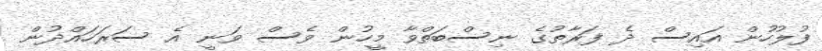
ފުލުހުން އައިސް ދެ ފަރާތުގެ ނިސްބަތްވާ މީހުން ވެސް ވަނީ އެ ސަރަހައްދުން